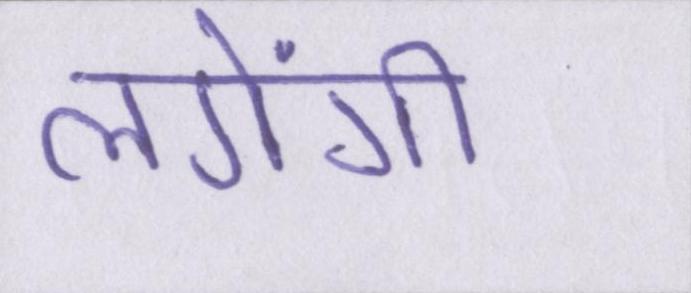
लगेंगी